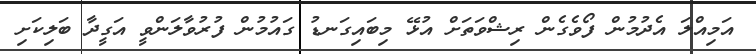
އަމިއްލަ އެދުމުން ފޯވެގެން ރިޝްވަތަށް އުޅޭ މިބައިގަނޑު ގައުމުން ފުރުވާލަންވީ އަގީދާ ބަލިކަށި